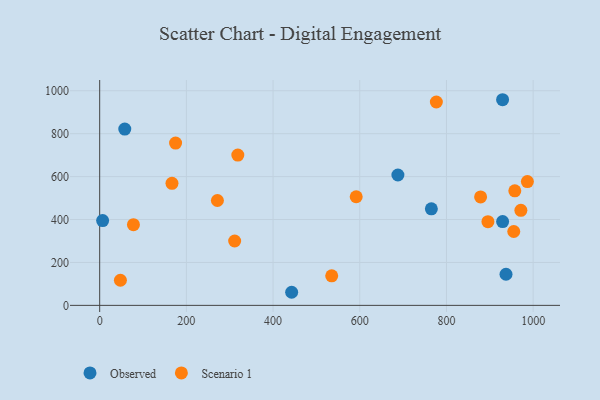
{"axis": {"x": "Ad Spend", "y": "Demand"}, "legend": ["Observed", "Scenario 1"], "data": [{"x": "937.4", "y": 144.9, "type": "Observed"}, {"x": "929.6", "y": 390.6, "type": "Observed"}, {"x": "57.9", "y": 821.5, "type": "Observed"}, {"x": "929.5", "y": 958.2, "type": "Observed"}, {"x": "442.9", "y": 61.0, "type": "Observed"}, {"x": "6.8", "y": 395.1, "type": "Observed"}, {"x": "765.2", "y": 449.9, "type": "Observed"}, {"x": "688.0", "y": 607.4, "type": "Observed"}, {"x": "318.7", "y": 700.1, "type": "Scenario 1"}, {"x": "986.7", "y": 576.7, "type": "Scenario 1"}, {"x": "535.3", "y": 137.6, "type": "Scenario 1"}, {"x": "591.8", "y": 506.1, "type": "Scenario 1"}, {"x": "878.8", "y": 505.1, "type": "Scenario 1"}, {"x": "895.7", "y": 390.1, "type": "Scenario 1"}, {"x": "955.3", "y": 344.2, "type": "Scenario 1"}, {"x": "47.8", "y": 117.0, "type": "Scenario 1"}, {"x": "311.4", "y": 300.0, "type": "Scenario 1"}, {"x": "271.6", "y": 488.6, "type": "Scenario 1"}, {"x": "776.7", "y": 947.7, "type": "Scenario 1"}, {"x": "77.9", "y": 375.9, "type": "Scenario 1"}, {"x": "166.8", "y": 568.7, "type": "Scenario 1"}, {"x": "971.7", "y": 442.8, "type": "Scenario 1"}, {"x": "957.7", "y": 533.8, "type": "Scenario 1"}, {"x": "175.1", "y": 756.4, "type": "Scenario 1"}]}